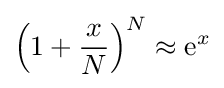
\left(1+{\frac {x}{N}}\right)^{N}\approx {\rm {e}}^{x}